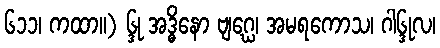
၆၁၁၊ ကထာ။) ၆္ဒု အဒ္ဓိနော ဗျဂ္ဃေ၊ အမရကောသ၊ ဂါ၆္ဒုလ၊